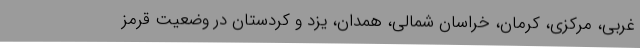
غربی، مرکزی، کرمان، خراسان شمالی، همدان، یزد و کردستان در وضعیت قرمز